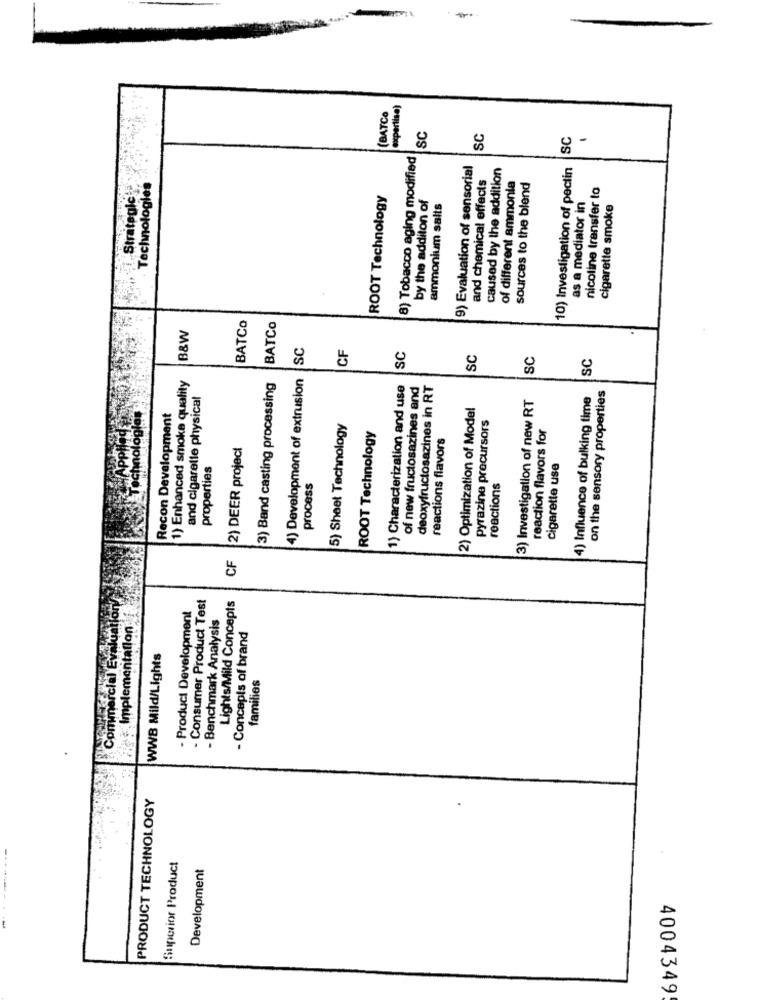
expertise)
(BATCO
SC
SC
SC
8) Tobacco aging modified
9) Evaluation of sensorial
caused by the addition
10) Investigation of pectin
i Strategick
Technologies
and chemical effects
of different ammonia
sources to the blend
nicoline transfer to
ROOT Technology
by the additon of
as a mediator in
ammonium salts
cigarette smoke
BATCo
B&W
BATCo
SC
CF
SC
SC
SC
SC
1) Enhanced smoke quality
3) Band casting processing
4) Development of extrusion
1) Characterization and use
of new fructosazines and
deoxyfructosazines in RT
and cigarette physical
3) Investigation of new RT
4) Influence of bulking time
on the sensory properties
2) Optimization of Model
Recon Development
pyrazine precursors
5) Sheet Technology
reaction flavors for
ROOT Technology
reactions flavors
2) DEER project
properties
cigarette use
process
reactions
CF
Commercial Evaluation
- Consumer Product Test
Lights/Mild Concepts
- Product Development
Implementation
- Benchmark Analysis
- Concepts of brand
WWB Mild/Lights
families
PRODUCT TECHNOLOGY
Superior Product
Development
4004349